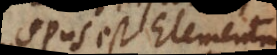
opus est Elementa